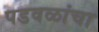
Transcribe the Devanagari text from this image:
पडवळांचा